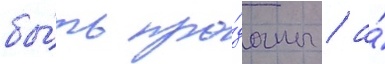
бы́ть про́даны / а́